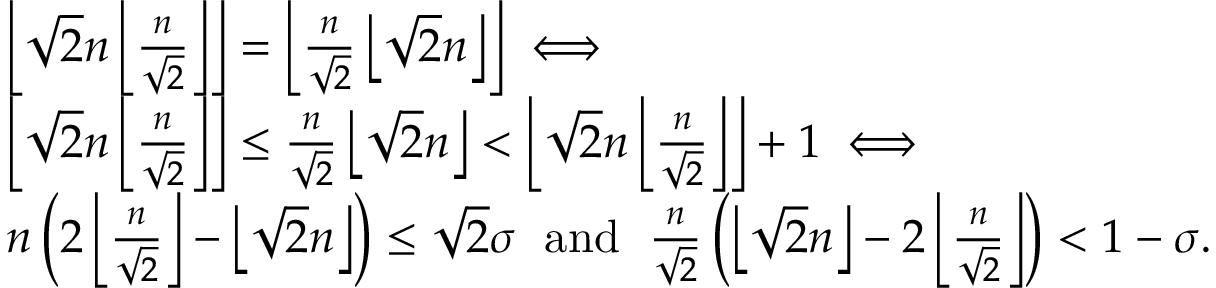
\begin{array} { r l } & { \left\lfloor \sqrt { 2 } n \left\lfloor \frac { n } { \sqrt { 2 } } \right\rfloor \right\rfloor = \left\lfloor \frac { n } { \sqrt { 2 } } \left\lfloor \sqrt { 2 } n \right\rfloor \right\rfloor \iff } \\ & { \left\lfloor \sqrt { 2 } n \left\lfloor \frac { n } { \sqrt { 2 } } \right\rfloor \right\rfloor \leq \frac { n } { \sqrt { 2 } } \left\lfloor \sqrt { 2 } n \right\rfloor < \left\lfloor \sqrt { 2 } n \left\lfloor \frac { n } { \sqrt { 2 } } \right\rfloor \right\rfloor + 1 \iff } \\ & { n \left( 2 \left\lfloor \frac { n } { \sqrt { 2 } } \right\rfloor - \left\lfloor \sqrt { 2 } n \right\rfloor \right) \leq \sqrt { 2 } \sigma \; \mathrm { ~ a n d ~ } \; \frac { n } { \sqrt { 2 } } \left( \left\lfloor \sqrt { 2 } n \right\rfloor - 2 \left\lfloor \frac { n } { \sqrt { 2 } } \right\rfloor \right) < 1 - \sigma . } \end{array}